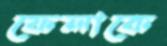
ফেলাকে